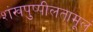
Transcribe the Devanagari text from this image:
शंखपुष्पीलतामूलं